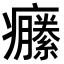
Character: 𤼆